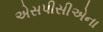
એસપીસીએના